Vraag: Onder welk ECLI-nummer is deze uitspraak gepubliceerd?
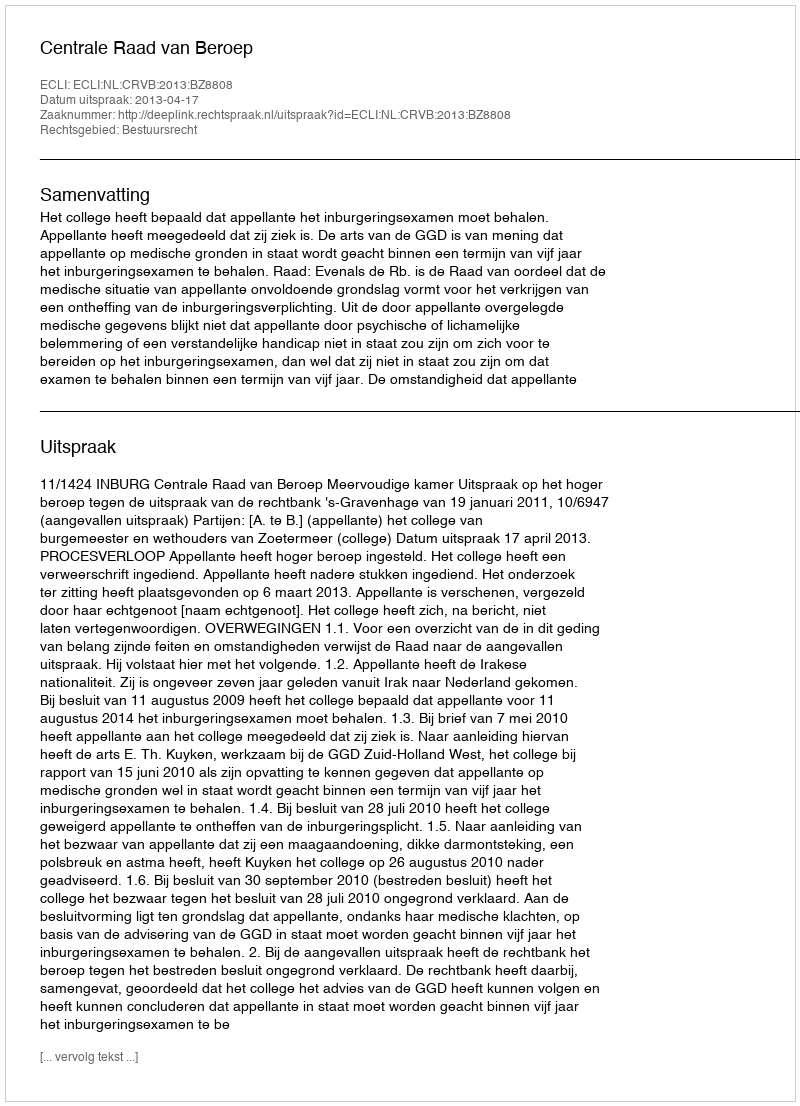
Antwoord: ECLI:NL:CRVB:2013:BZ8808